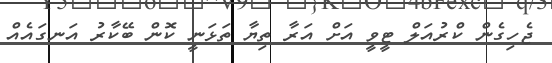
ޖެހިގެން ކްރުއަލް ޓީވީ އަށް އަރާ ތިޔާ ތަޅަނީ ކޮން ބޭކާރު އަނގައެއް